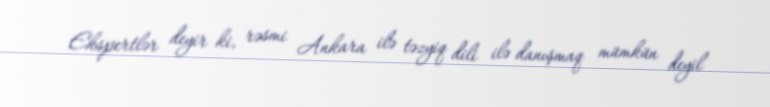
Ekspertlər deyir ki, rəsmi Ankara ilə təzyiq dili ilə danışmaq mümkün deyil